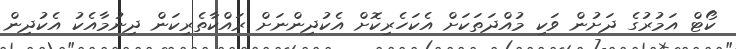
ކޯޓް އަމުރުގެ ދަށުން ވަކި މުއްދަތަކަށް އެކަހެރިކޮށް އެކުދިންނަށް ރައްކާތެރިކަން ދިނުމާއެކު އެކުދިން